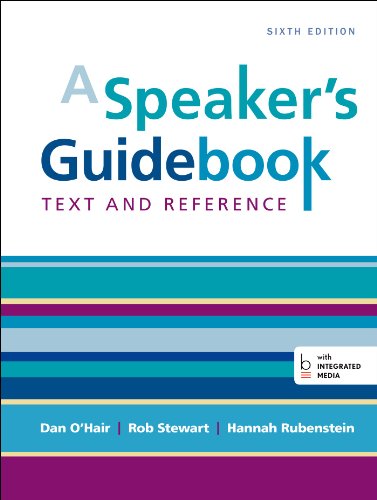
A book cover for A Speaker's Guidebook: Text and Reference; Dan O'Hair; Reference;